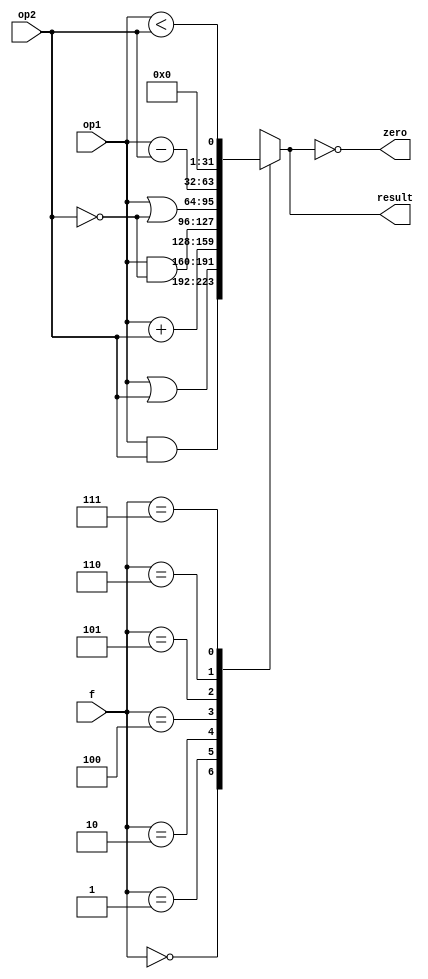
module Alu(input[31:0] op1,
		input[31:0] op2,
		input[2:0] f,
		output reg[31:0] result,
		output zero);

	always @(op1, op2, f)
		case (f)
			3'b000: result = op1 & op2;
			3'b001: result = op1 | op2;
			3'b010: result = op1 + op2;
			3'b011: result = 32'hxxxxxxxx;
			3'b100: result = op1 & ~op2;
			3'b101: result = op1 | ~op2;
			3'b110: result = op1 - op2;
			3'b111: result = op1 < op2;
		endcase
	
	assign zero = result == 0;
endmodule